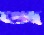
জ